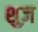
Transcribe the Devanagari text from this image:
शुज़